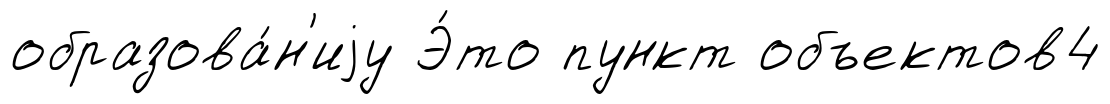
образова́н'иjу Э́то пункт объектов4